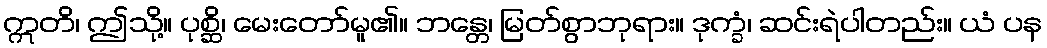
ဣတိ၊ ဤသို့။ ပုစ္ဆိ၊ မေးတော်မူ၏။ ဘန္တေ၊ မြတ်စွာဘုရား။ ဒုက္ခံ၊ ဆင်းရဲပါတည်း။ ယံ ပန